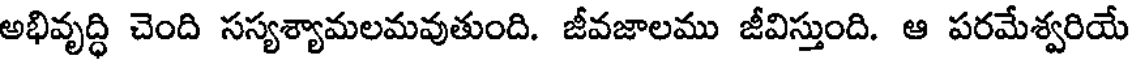
అభివృద్ధి చెంది సస్యశ్యామలమవుతుంది. జీవజాలము జీవిస్తుంది. ఆ పరమేశ్వరియే